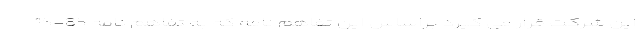
این شرکت قرار می گیرد براساس این تفاهم نامه که به تفاهم نامه 85-15